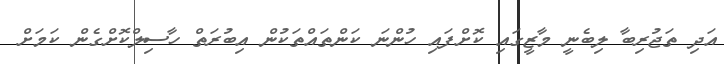
އަދި ތަޖުރިބާ ލިބެނީ މާޒީގައި ކޮށްފައި ހުންނަ ކަންތައްތަކުން އިބުރަތް ހާސިލްކޮށްގެން ކަމަށް